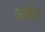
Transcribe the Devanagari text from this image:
आएँगें